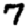
Digit: 7